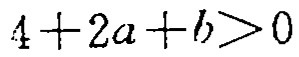
\(4 + 2a + b>0\)